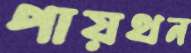
পায়থন